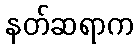
နတ်ဆရာက